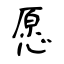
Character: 愿